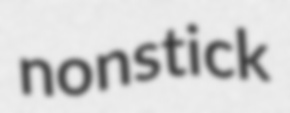
nonstick